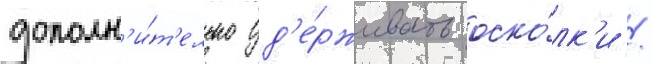
дополн'и́т'ельно уд'е́рживать оско́лк'и /